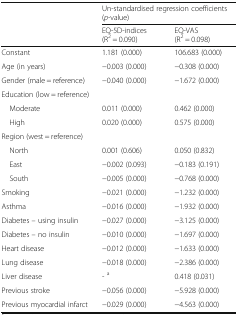
<table><thead><tr><td rowspan="2"></td><td colspan="2"><b>Un-standardised regression coefficients (<i>p</i>-value)</b></td></tr><tr><td><b>EQ-5D-indices(R<sup>2</sup> = 0.090)</b></td><td><b>EQ-VAS(R<sup>2</sup> = 0.098)</b></td></tr></thead><tbody><tr><td>Constant</td><td>1.181 (0.000)</td><td>106.683 (0.000)</td></tr><tr><td>Age (in years)</td><td>−0.003 (0.000)</td><td>−0.308 (0.000)</td></tr><tr><td>Gender (male = reference)</td><td>−0.040 (0.000)</td><td>−1.672 (0.000)</td></tr><tr><td colspan="3">Education (low = reference)</td></tr><tr><td> Moderate</td><td>0.011 (0.000)</td><td>0.462 (0.000)</td></tr><tr><td> High</td><td>0.020 (0.000)</td><td>0.575 (0.000)</td></tr><tr><td colspan="3">Region (west = reference)</td></tr><tr><td> North</td><td>0.001 (0.606)</td><td>0.050 (0.832)</td></tr><tr><td> East</td><td>−0.002 (0.093)</td><td>−0.183 (0.191)</td></tr><tr><td> South</td><td>−0.005 (0.000)</td><td>−0.768 (0.000)</td></tr><tr><td>Smoking</td><td>−0.021 (0.000)</td><td>−1.232 (0.000)</td></tr><tr><td>Asthma</td><td>−0.016 (0.000)</td><td>−1.932 (0.000)</td></tr><tr><td>Diabetes – using insulin</td><td>−0.027 (0.000)</td><td>−3.125 (0.000)</td></tr><tr><td>Diabetes – no insulin</td><td>−0.010 (0.000)</td><td>−1.697 (0.000)</td></tr><tr><td>Heart disease</td><td>−0.012 (0.000)</td><td>−1.633 (0.000)</td></tr><tr><td>Lung disease</td><td>−0.018 (0.000)</td><td>−2.386 (0.000)</td></tr><tr><td>Liver disease</td><td>- <sup>a</sup></td><td>0.418 (0.031)</td></tr><tr><td>Previous stroke</td><td>−0.056 (0.000)</td><td>−5.928 (0.000)</td></tr><tr><td>Previous myocardial infarct</td><td>−0.029 (0.000)</td><td>−4.563 (0.000)</td></tr></tbody></table>